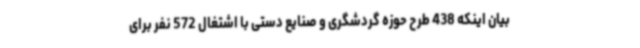
بیان اینکه 438 طرح حوزه گردشگری و صنایع دستی با اشتغال 572 نفر برای